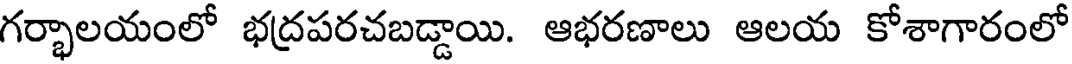
గర్భాలయంలో భద్రపరచబడ్డాయి. ఆభరణాలు ఆలయ కోశాగారంలో